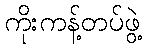
ကိုးကန့်တပ်ဖွဲ့